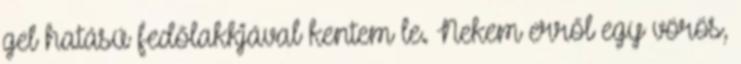
gel hatású fedőlakkjával kentem le. Nekem erről egy vörös,